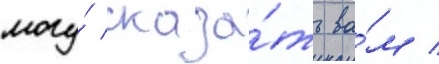
могу́ сказа́ть ва́м /